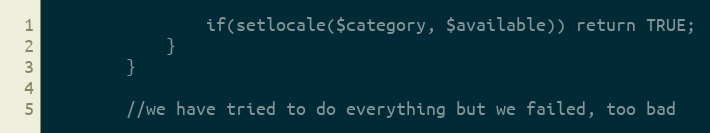
Language: PHP
                if(setlocale($category, $available)) return TRUE;
            }
        }

        //we have tried to do everything but we failed, too bad